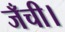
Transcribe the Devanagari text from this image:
जँची।